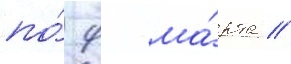
по́ 9 ма́рта //